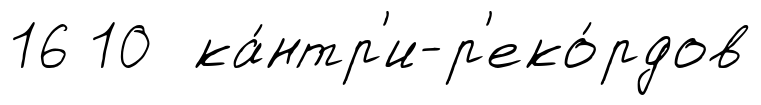
16 10 ка́нтр'и-р'еко́рдов